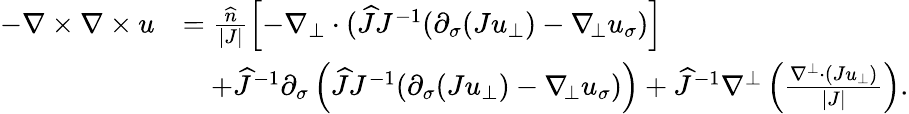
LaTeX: \begin{array}{rl}{-\nabla\times\nabla\times u}&{=\frac{\widehat{n}}{|J|}\left[-\nabla_{\bot}\cdot(\widehat{J}J^{-1}(\partial_{\sigma}(Ju_{\bot})-\nabla_{\! \bot}u_{\sigma})\right]}\\ &{\quad+\widehat{J}^{-1}\partial_{\sigma}\left(\widehat{J}J^{-1}(\partial_{\sigma}(Ju_{\bot})-\nabla_{\! \bot}u_{\sigma})\right)+\widehat{J}^{-1}\nabla^{\bot}\left(\frac{\nabla^{\bot}\cdot(Ju_{\bot})}{|J|}\right).}\end{array}